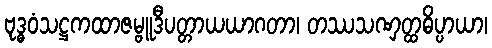
ဗုဒ္ဓဝံသဋ္ဌကထာဇမ္ဗူဒီပတ္တာယယာဂတာ၊ တဿသဏှတ္ထဓိပ္ပာယာ၊